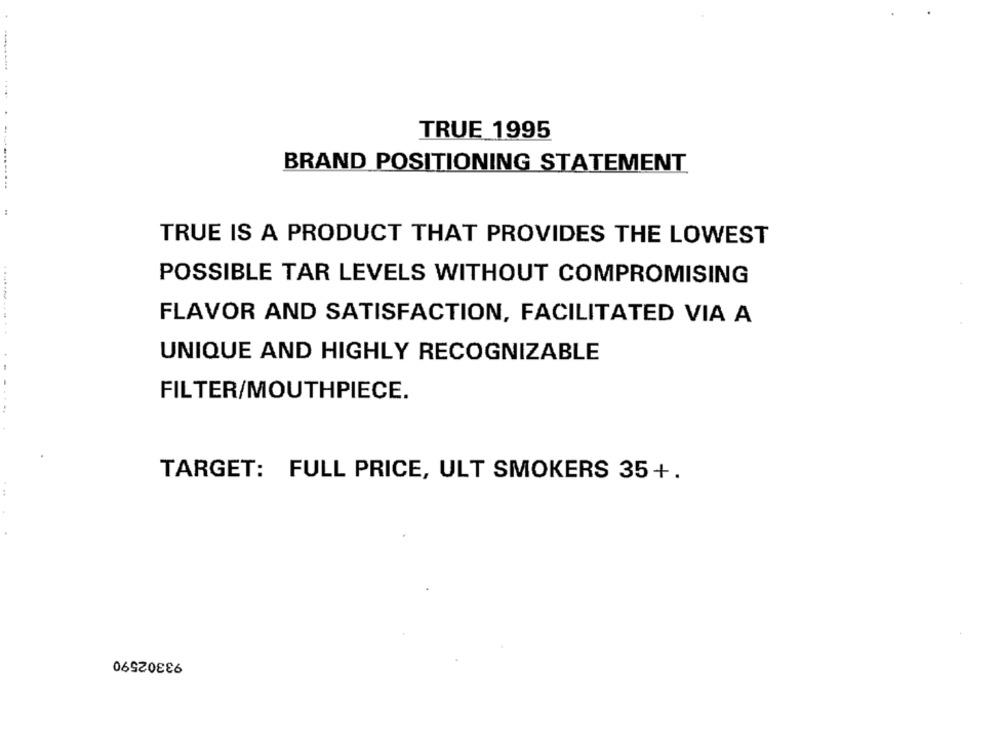
TRUE 1995
BRAND POSITIONING STATEMENT
------...
:
TRUE IS A PRODUCT THAT PROVIDES THE LOWEST
POSSIBLE TAR LEVELS WITHOUT COMPROMISING
FLAVOR AND SATISFACTION, FACILITATED VIA A
UNIQUE AND HIGHLY RECOGNIZABLE
FILTER/MOUTHPIECE.
...-
TARGET: FULL PRICE, ULT SMOKERS 35+.
93302590